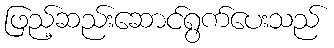
ဖြည့်ဆည်းဆောင်ရွက်ပေးသည်